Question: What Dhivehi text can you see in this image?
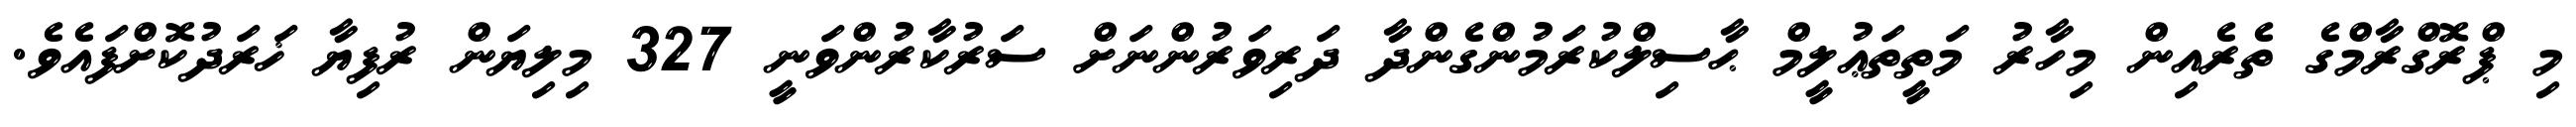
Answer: މި ޕްރޮގްރާމްގެ ތެރެއިން މިހާރު މަތީތަޢުލީމް ޙާސިލްކުރަމުންގެންދާ ދަރިވަރުންނަށް ސަރުކާރުންވަނީ 327 މިލިޔަން ރުފިޔާ ޚަރަދުކޮށްފައެވެ.